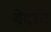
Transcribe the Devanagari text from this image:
बेदांत